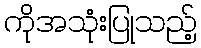
ကိုအသုံးပြုသည့်